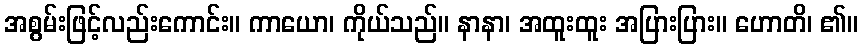
အစွမ်းဖြင့်လည်းကောင်း။ ကာယော၊ ကိုယ်သည်။ နာနာ၊ အထူးထူး အပြားပြား။ ဟောတိ၊ ၏။